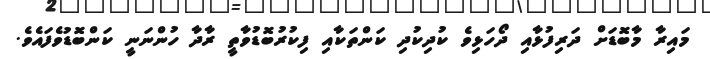
މައިރާ މާބޮޑަށް ދަރިފުޅާއި ދޯހަޅިވެ ކުދިކުދި ކަންތަކާއި ފިކުރުބޮޑުވާތީ ރާދާ ހުންނަނީ ކަންބޮޑުވެފައެވެ.